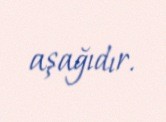
aşağıdır.